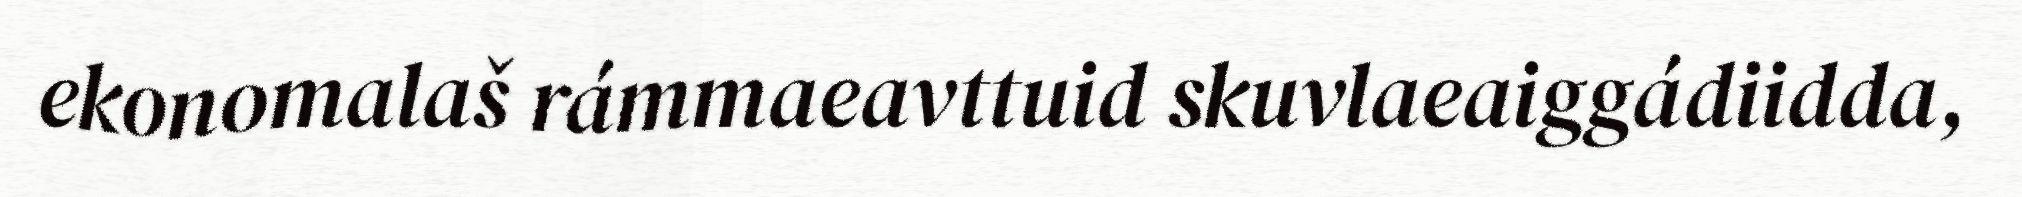
ekonomalaš rámmaeavttuid skuvlaeaiggádiidda,